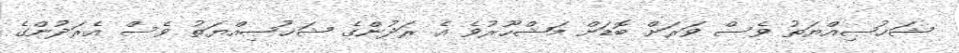
ޝަޚުޞިއްޔަތު ވެސް ވަރަށް ބޮޑަށް މަޝްހޫރުވެ އެ ރަދުންގެ ޝަޚުޞިއްޔަތު ވެސް އެރަދުންގެ